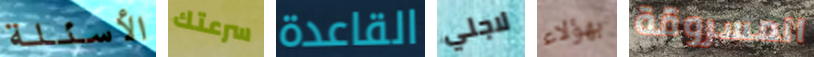
الأسئلة سرعتك القاعدة لاجلي بهؤلاء المسروقة